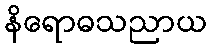
နိရောဓသညာယ